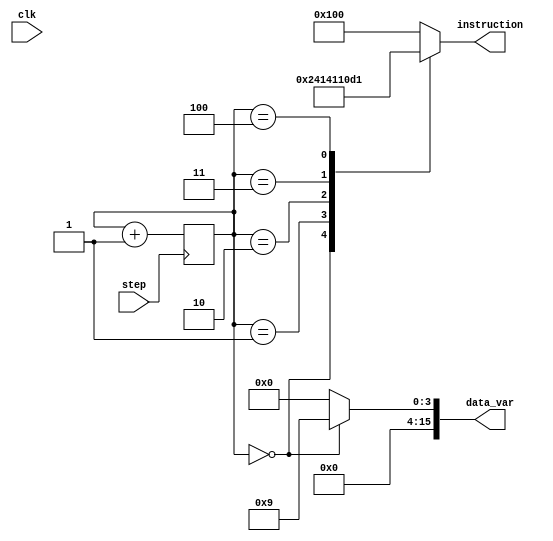
module ROM_p2(step, instruction, data_var, clk);
	//input [7:0] read_address; // In total, the ROM can store 256 instructions.
	input step, clk;
	output reg [15:0] data_var;
	output reg [8:0] instruction;

	reg [7:0] read_address;

	initial begin
		read_address = 8'b00000000;
	end

	always @ (posedge step) begin
		read_address = read_address + 1;
	end

	always @ (read_address) begin
		case(read_address)
			// load r0, 9
			8'b00000000: begin instruction = 9'b000000000; data_var = 16'b0000000000001001; end 

			// move r1, r0
			8'b00000001: begin instruction = 9'b001001000; data_var = 16'b0000000000000000; end

			// move r2, r0
			8'b00000010: begin instruction = 9'b001010000; data_var = 16'b0000000000000000; end

			// add r1, r0
			8'b00000011: begin instruction = 9'b010001000; data_var = 16'b0000000000000000; end

			// xor r2, r1
			8'b00000100: begin instruction = 9'b011010001; data_var = 16'b0000000000000000; end

			// Terminate
			8'b00000101: begin instruction = 9'b100000000; data_var = 16'b0000000000000000; end
			default: begin instruction = 9'b100000000; data_var = 16'b0000000000000000; end
		endcase
	end
endmodule